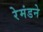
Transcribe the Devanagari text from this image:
रेमंडने